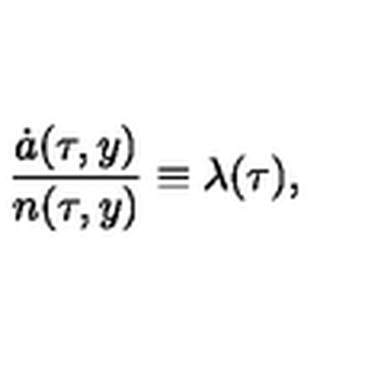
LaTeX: \frac { \dot { a } ( \tau , y ) } { n ( \tau , y ) } \equiv \lambda ( \tau ) ,